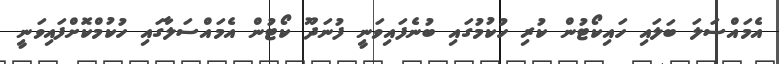
އެމައްސަލަ ބަލައި ހައިކޯޓުން ކުރި ހުކުމުގައި ބުނެފައިވަނީ ފުނަދޫ ކޯޓުން އެމައްސަލާގައި ހުކުމްކޮށްފައިވަނީ